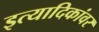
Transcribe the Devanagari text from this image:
इत्यादिकांवर